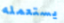
يستعمله